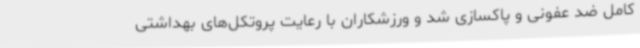
کامل ضد عفونی و پاکسازی شد و ورزشکاران با رعایت پروتکل‌های بهداشتی